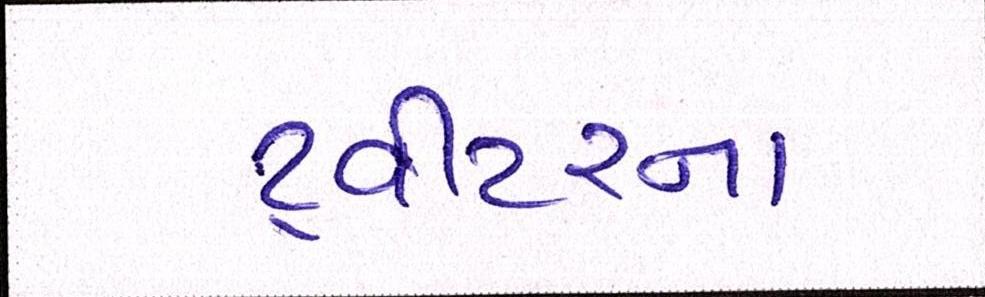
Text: ટ્વીટરના